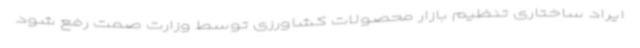
ایراد ساختاری تنظیم بازار محصولات کشاورزی توسط وزارت صمت رفع شود